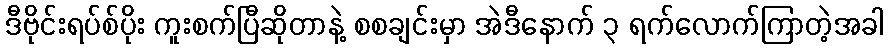
ဒီဗိုင်းရပ်စ်ပိုး ကူးစက်ပြီဆိုတာနဲ့ စစချင်းမှာ အဲဒီနောက် ၃ ရက်လောက်ကြာတဲ့အခါ